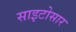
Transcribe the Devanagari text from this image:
साइटोसार